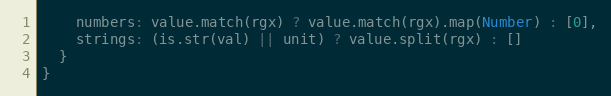
Language: JavaScript
    numbers: value.match(rgx) ? value.match(rgx).map(Number) : [0],
    strings: (is.str(val) || unit) ? value.split(rgx) : []
  }
}